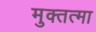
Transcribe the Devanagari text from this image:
मुक्तत्मा